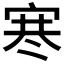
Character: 𪧑